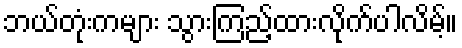
ဘယ်တုံးကများ သွားကြည့်ထားလိုက်ပါလိမ့်။